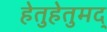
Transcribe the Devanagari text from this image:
हेतुहेतुमद्